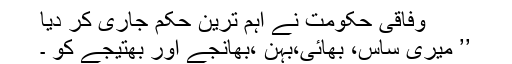
وفاقی حکومت نے اہم ترین حُکم جاری کر دیا
’’ میری ساس، بھائی،بہن ،بھانجے اور بھتیجے کو ۔